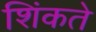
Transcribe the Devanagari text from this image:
शिंकते